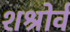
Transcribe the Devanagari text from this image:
शश्रोर्व